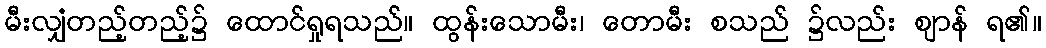
မီးလျှံတည့်တည့်၌ ထောင်ရှုရသည်။ ထွန်းသောမီး၊ တောမီး စသည် ၌လည်း ဈာန် ရ၏။